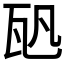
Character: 𤬨